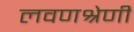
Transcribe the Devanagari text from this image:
लवणश्रेणी